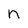
Character: n